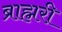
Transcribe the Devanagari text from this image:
ब्राह्मरी